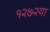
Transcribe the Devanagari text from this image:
१२७२या